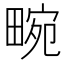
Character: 畹